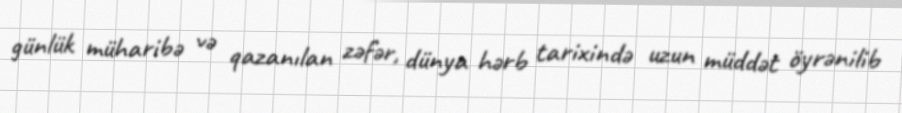
günlük müharibə və qazanılan zəfər, dünya hərb tarixində uzun müddət öyrənilib